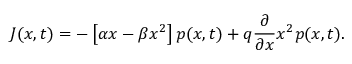
J ( x , t ) = - \left[ \alpha x - \beta x ^ { 2 } \right] p ( x , t ) + q \frac { \partial } { \partial x } x ^ { 2 } p ( x , t ) .